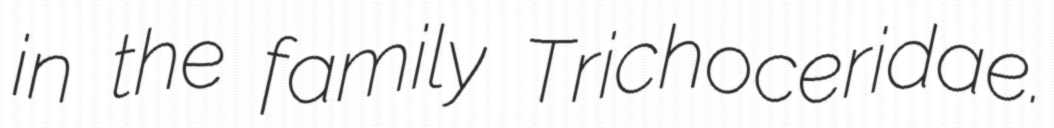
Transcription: in the family Trichoceridae.